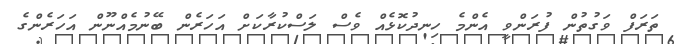
ތަރަފް ވަގުތުން ފުރަންވީ އެންމެ ހިނދުކޮޅެއް ވެސް ލަސްކުރާކަށް އަހަރެން ބޭނުމެއްނޫން އަހަރެންގެ